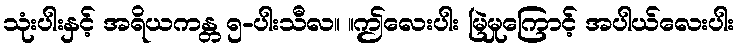
သုံးပါးနှင့် အရိယကန္တ ၅-ပါးသီလ။ ။ဤလေးပါး မြဲမှုကြောင့် အပါယ်လေးပါး